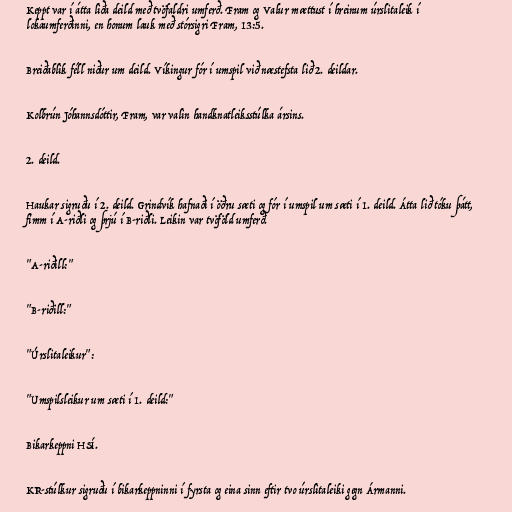
Keppt var í átta liða deild með tvöfaldri umferð. Fram og Valur mættust í hreinum úrslitaleik í
lokaumferðinni, en honum lauk með stórsigri Fram, 13:5.

Breiðablik féll niður um deild. Víkingur fór í umspil við næstefsta lið 2. deildar.

Kolbrún Jóhannsdóttir, Fram, var valin handknatleiksstúlka ársins.

2. deild.

Haukar sigruðu í 2. deild. Grindvík hafnaði í öðru sæti og fór í umspil um sæti í 1. deild. Átta lið tóku þátt,
fimm í A-riðli og þrjú í B-riðli. Leikin var tvöföld umferð.

"A-riðill:"

"B-riðill:"

"Úrslitaleikur":

"Umspilsleikur um sæti í 1. deild:"

Bikarkeppni HSÍ.

KR-stúlkur sigruðu í bikarkeppninni í fyrsta og eina sinn eftir tvo úrslitaleiki gegn Ármanni.